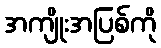
အကျိုးအပြစ်ကို